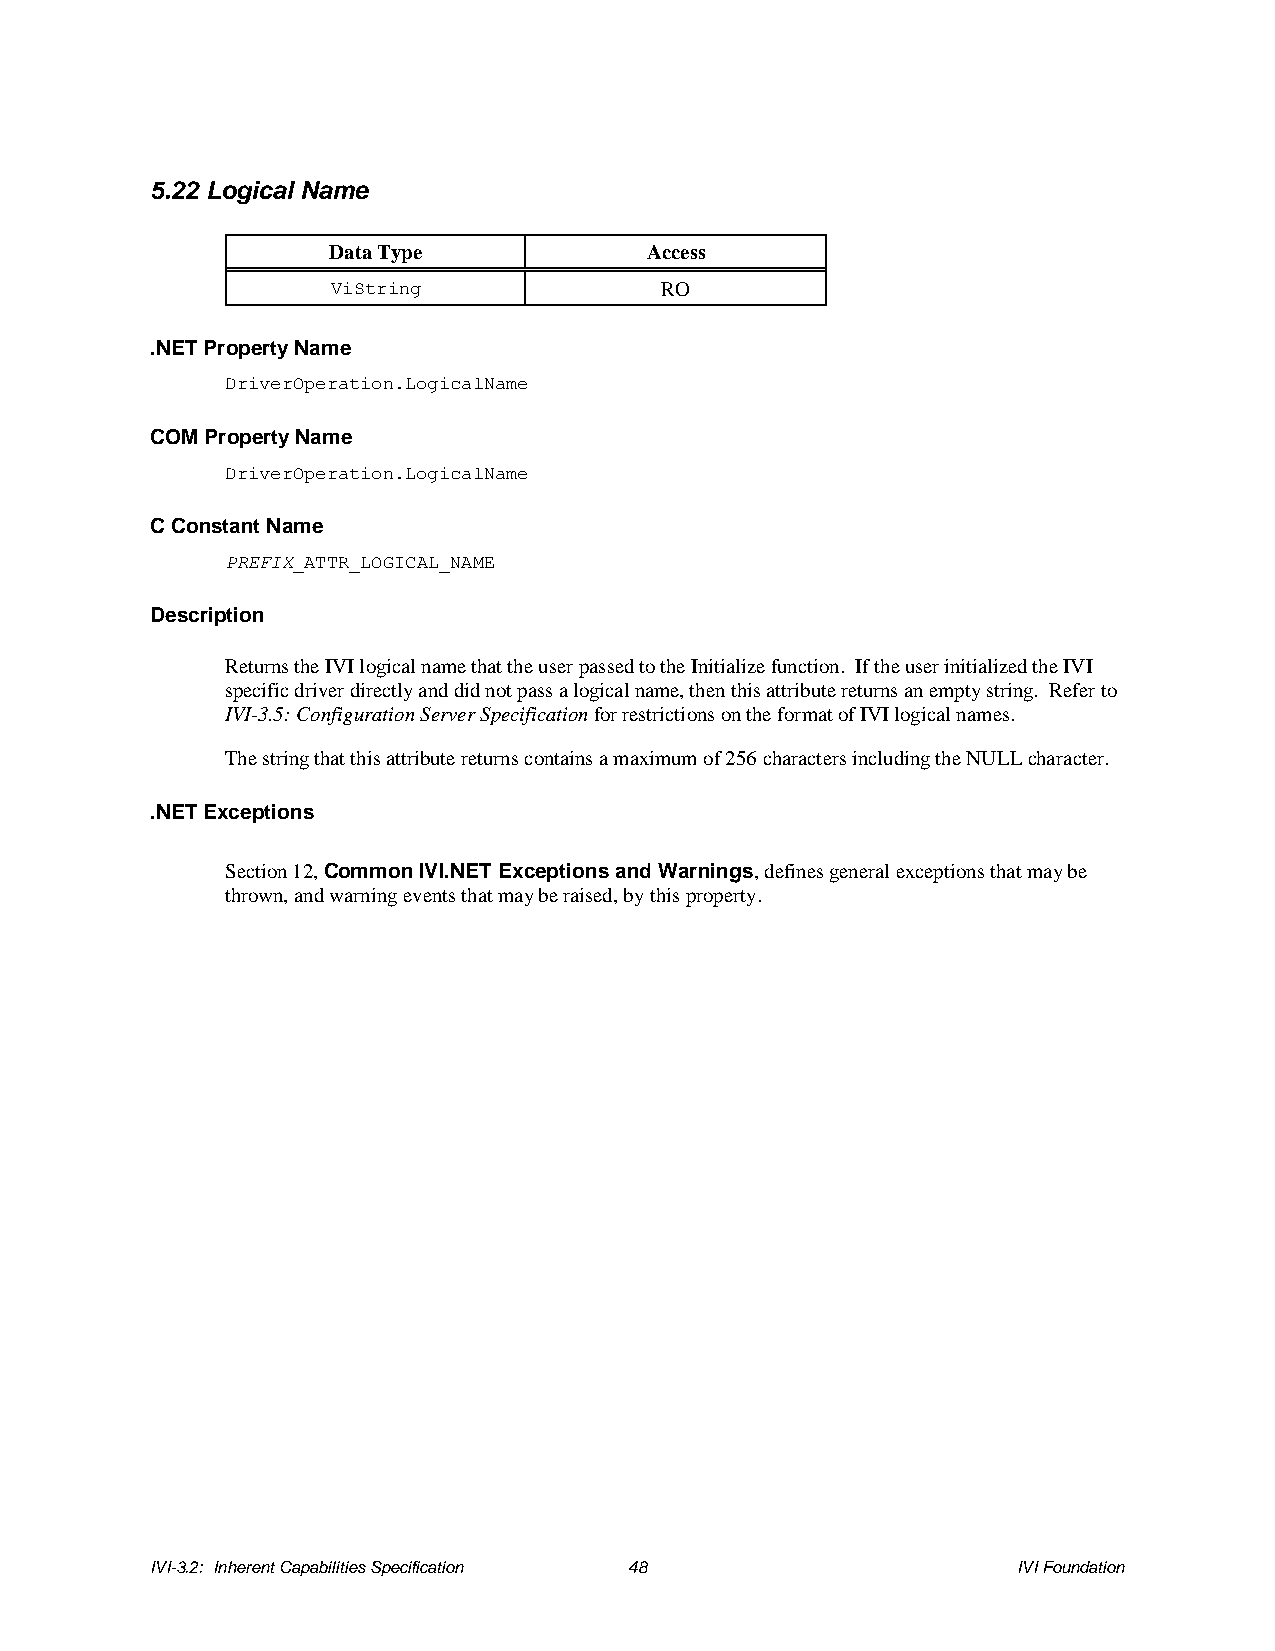
5.22 Logical Name
 Data Type            Access
 ViString              RO
 .NET Property Name
 DriverOperation.LogicalName
 COM Property Name
 DriverOperation.LogicalName
 C Constant Name
 PREFIX_ATTR_LOGICAL_NAME
 Description
 Returns the IVI logical name that the user passed to the Initialize function. If the user initialized the IVI
 specific driver directly and did not pass a logical name, then this attribute returns an empty string. Refer to
 IVI-3.5: Configuration Server Specification for restrictions on the format of IVI logical names.
 The string that this attribute returns contains a maximum of 256 characters including the NULL character.
 .NET Exceptions
 Section 12, Common IVI.NET Exceptions and Warnings, defines general exceptions that may be
 thrown, and warning events that may be raised, by this property.
 IVI-3.2: Inherent Capabilities Specification 48          IVI Foundation